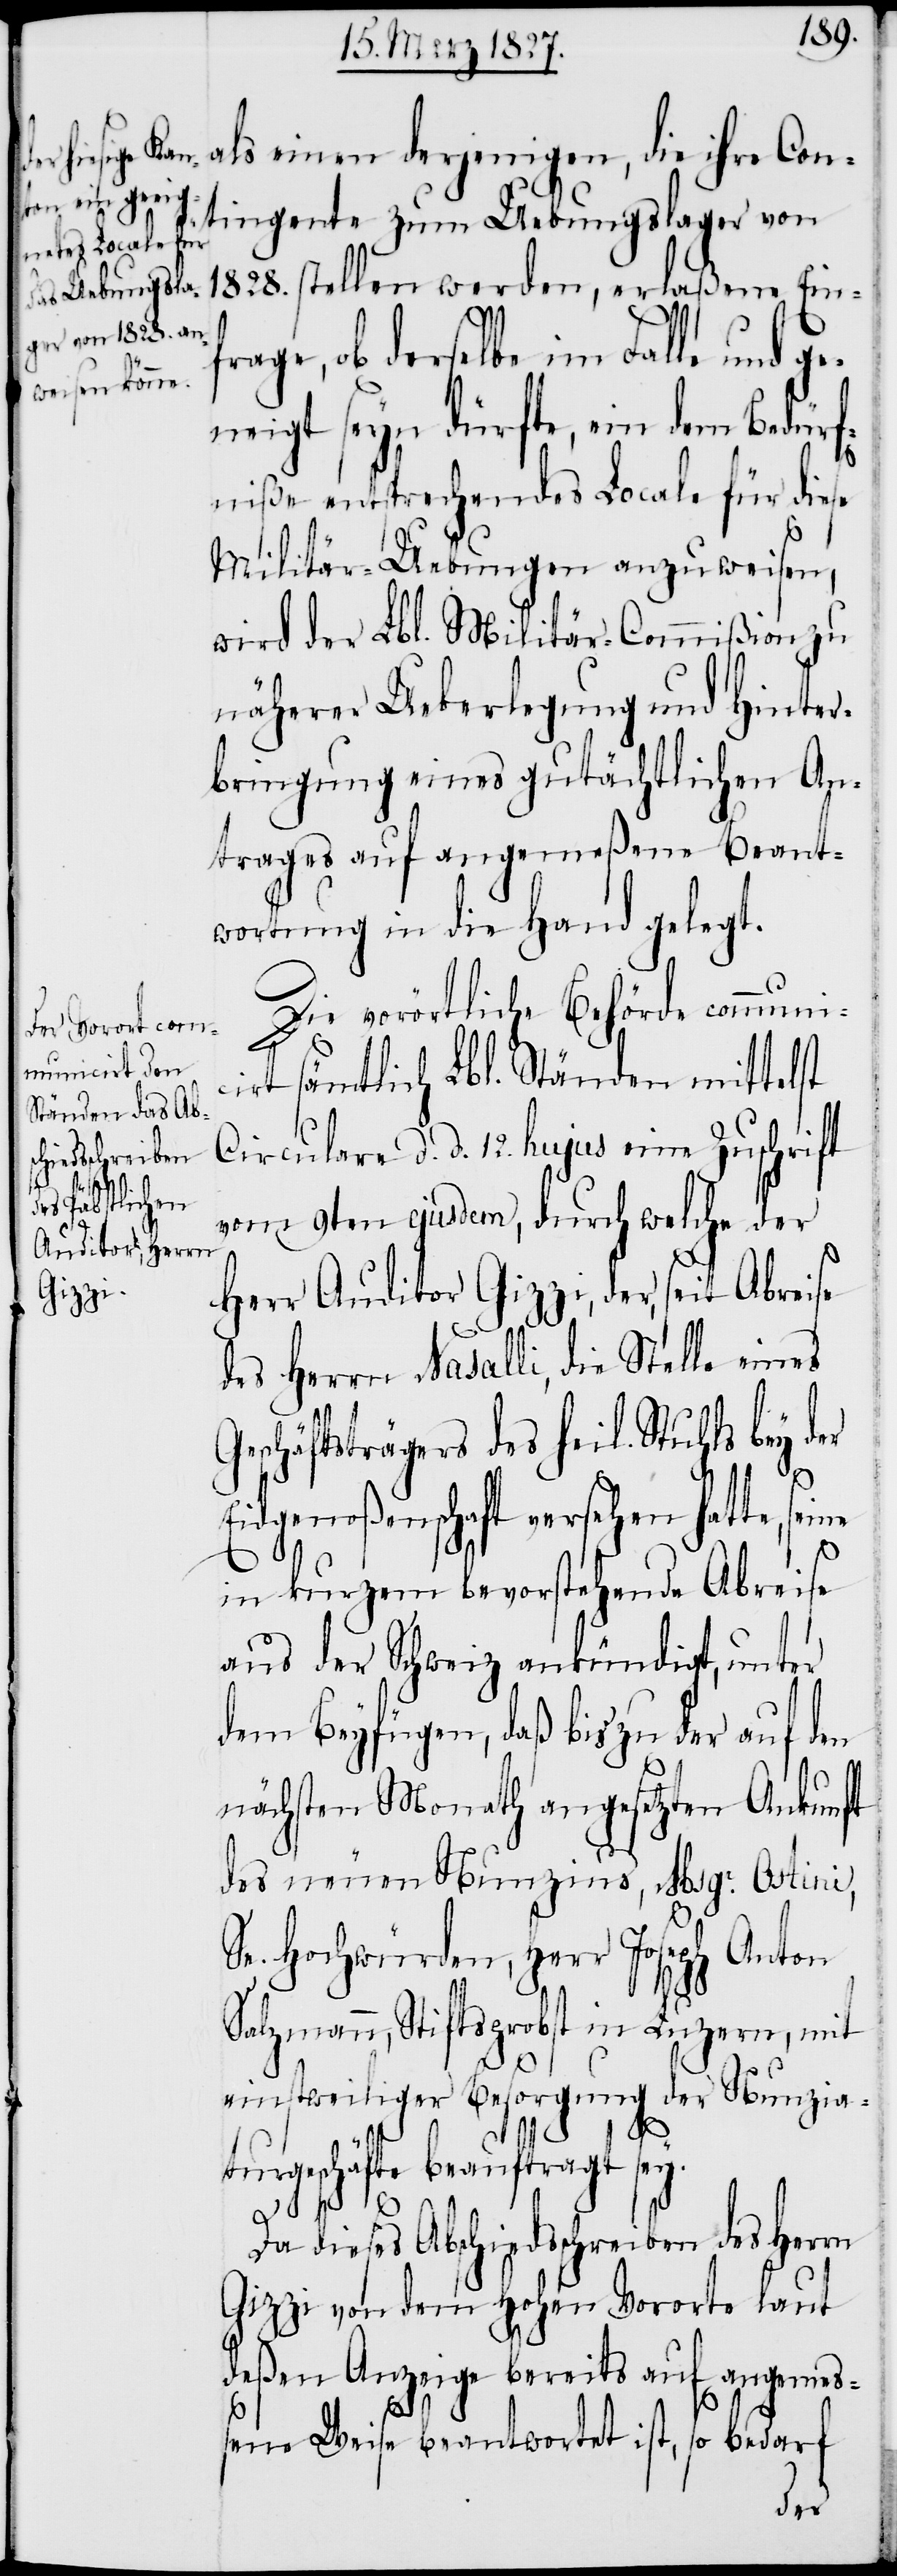
als einen derjenigen, die ihre Con¬
tingente zum Uebungslager von
fr¬
1828. stellen werden, erlaßene Ein¬
age, ob derselbe im Falle und g¬
eneigt seyn dürfte, ein dem Bedürf¬
niße entsprechendes Locale für diese
Militär-Uebungen anzuweisen,
wird der Lbl. Militär-Commißion zu
näherer Ueberlegung und Hinter¬
bringung eines gutächtlichen An¬
trages auf angemeßene Beant¬
wortung in die Hand gelegt.
Die vorörtliche Behörde communic¬
irt sämtlich Lbl. Ständen mittelst
Circulare d. d. 12. hujus eine Zuschrift
vom 9ten ejusdem, durch welche der
Herr Auditor Gizzi, der, seit Abreise
des Herrn Nasalli, die Stelle eines
Geschäftsträgers des heil. Stuhls bey der
Eidgenoßenschaft versehen hatte, seine
in kurzem bevorstehende Abreise
aus der Schweiz ankündigt, unter
dem Beyfügen, daß bis zu der auf den
nächsten Monath angesetzten Ankunft
des neuen Nunzius, Msgr. Ostini,
Se. Hochwürden, Herr Jospeh Anton
Salzmann, Stiftsprobst in Luzern, mit
einstweiliger Besorgung der Nunzia¬
turgeschäfte beauftragt sey.
Da dieses Abschiedsschreiben des Herrn
Gizzi von dem Hohen Vororte laut
deßen Anzeige bereits auf angemeß¬
ene Weise beantwortet ist, so bedarf